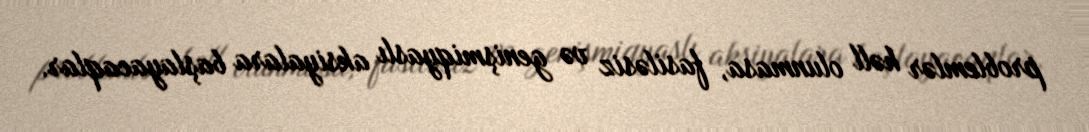
problemlər həll olunmasa, fasiləsiz və genişmiqyaslı aksiyalara başlayacaqlar.